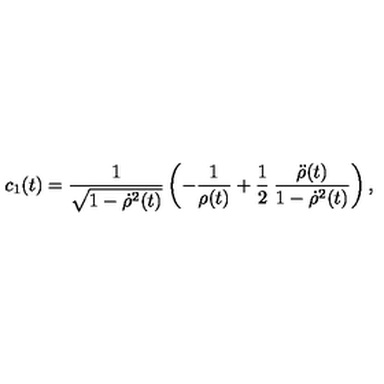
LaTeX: c _ { 1 } ( t ) = \frac { 1 } { \sqrt { 1 - { \dot { \rho } } ^ { 2 } ( t ) } } \left( - \frac { 1 } { \rho ( t ) } + \frac { 1 } { 2 } \: \frac { { \ddot { \rho } } ( t ) } { 1 - { \dot { \rho } } ^ { 2 } ( t ) } \right) ,